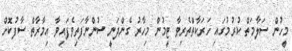
މީހުން ސަލާމަތް ކުރުމުގައި ހަރަކާތްތެރިވާ ޓީމުން މިހާރު ގެންދަނީ ސުންނާފަތިވެފައިވާ އިމާރާތް ސާފުކޮށް